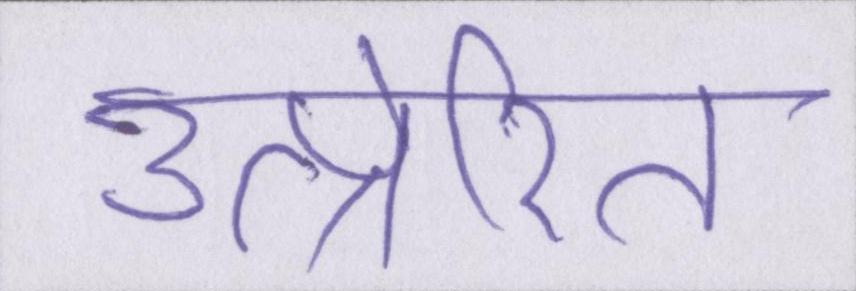
उत्प्रेरित